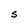
Character: S